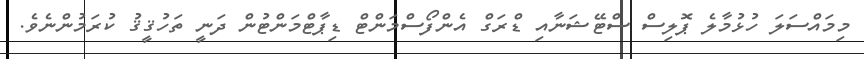
މިމައްސަލަ ހުޅުމާލެ ޕޮލިސް ސްޓޭޝަނާއި ޑްރަގް އެންފޯސްމަންޓް ޑިޕާޓްމަންޓުން ދަނީ ތަހުޤީޤު ކުރަމުންނެވެ.